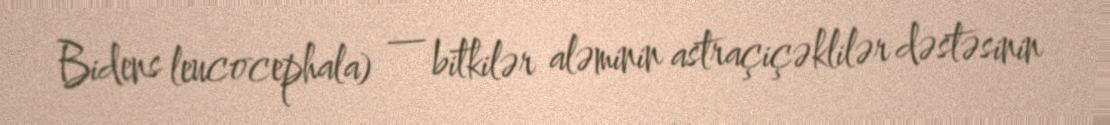
Bidens leucocephala) — bitkilər aləminin astraçiçəklilər dəstəsinin